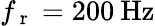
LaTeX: f_{\mathrm{~r~}}=200\: \mathrm{Hz}